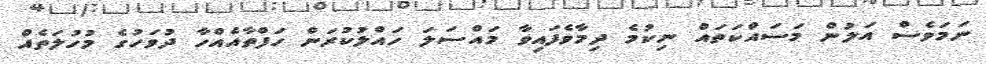
ނަމަވެސް އަލުން މަސައްކަތައް ނިކުމެ ދިމާވެފައިވާ މައްސަލަ ހައްލުކުރަން ހަފްތާއެއްހާ ދުވަހުގެ މުހުލަތެއް